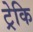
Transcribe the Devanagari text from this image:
ट्रेकि